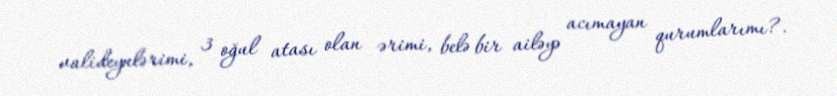
valideynlərimi, 3 oğul atası olan ərimi, belə bir ailəyə acımayan qurumlarımı?.